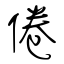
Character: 倦